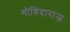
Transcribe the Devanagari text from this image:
गोविंदाराज